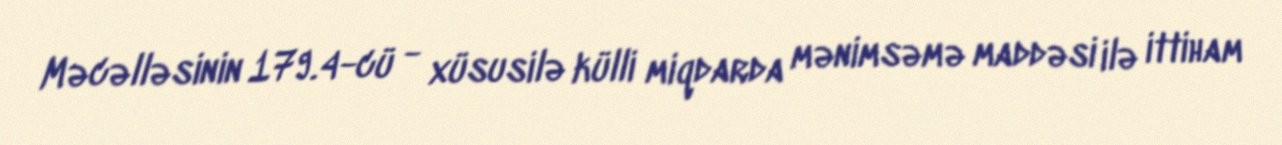
Məcəlləsinin 179.4-cü - xüsusilə külli miqdarda mənimsəmə maddəsi ilə ittiham